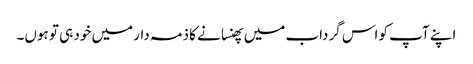
اپنے آپ کو اس گرداب میں پھنسانے کا ذمہ دار میں خود ہی تو ہوں۔